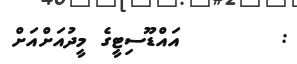
:        އައްޑޫސިޓީގެ މީދުއަށްއަށް